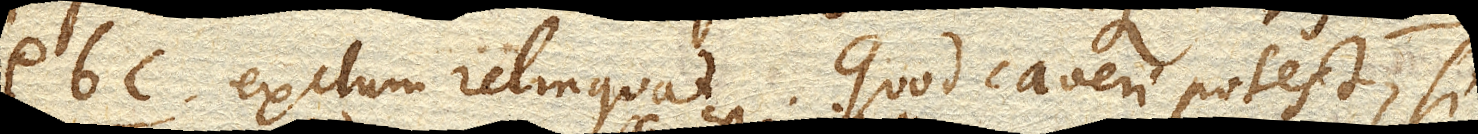
ebc. exitum relinquat. Quod caveri potest, si